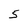
Character: 5